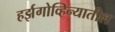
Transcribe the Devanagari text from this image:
हर्झगोव्हिन्यातील